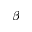
\beta